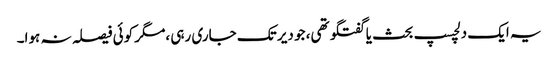
یہ ایک دلچسپ بحث یا گفتگو تھی، جو دیر تک جاری رہی ،مگر کوئی فیصلہ نہ ہوا۔